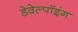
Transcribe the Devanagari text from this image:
डेवेल्पॉइंग